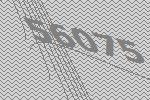
56075